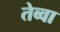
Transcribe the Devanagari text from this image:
तेव्वा